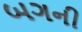
બગની